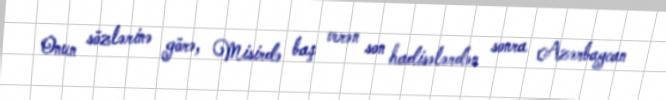
Onun sözlərinə görə, Misirdə baş verən son hadisələrdən sonra Azərbaycan